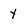
Character: y